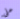
على